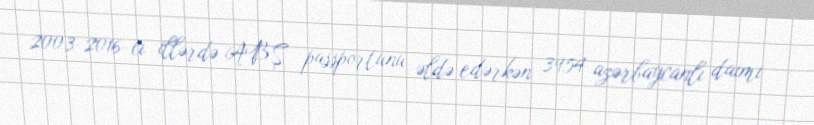
2003-2016-cı illərdə ABŞ passportunu əldə edərkən 3954 azərbaycanlı daimi